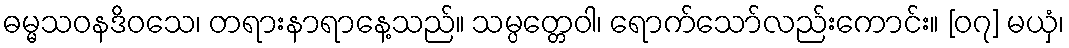
ဓမ္မသဝနဒိဝသေ၊ တရားနာရာနေ့သည်။ သမ္ပတ္တေဝါ၊ ရောက်သော်လည်းကောင်း။ [၀၇] မယှံ၊